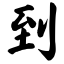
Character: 到